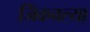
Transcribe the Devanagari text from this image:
जिंकवल्या